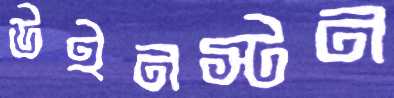
উইনস্টন